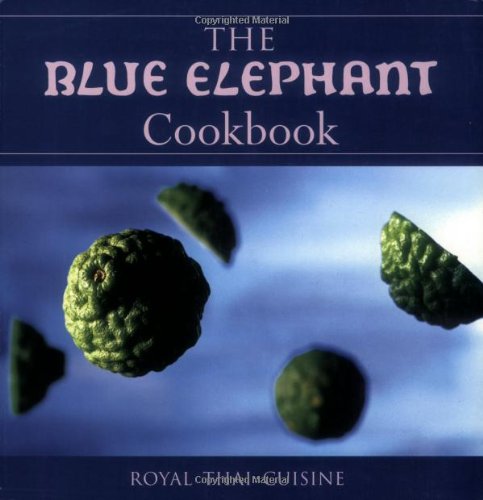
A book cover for The Blue Elephant Cookbook: Royal Thai Cuisine; John Hellon; Cookbooks, Food & Wine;